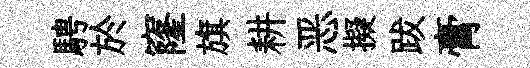
騁於窿旗耕恶擬跋膏